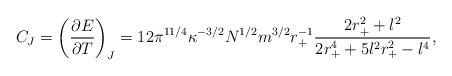
LaTeX: \begin{align*}C_J=\left (\frac{\partial E}{\partial T}\right)_J= 12 \pi ^{11/4}\kappa^{-3/2}N^{1/2}m^{3/2}r_+^{-1} \frac{2r_+^2 +l^2}{2r_+^4 +5l^2r_+^2 -l^4},\end{align*}